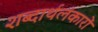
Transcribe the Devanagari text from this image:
शब्दार्थलंकारों